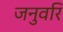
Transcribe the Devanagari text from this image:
जनुवरि